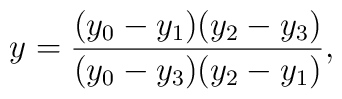
y=\frac{(y_0-y_1)(y_2-y_3)}{(y_0-y_3)(y_2-y_1)},